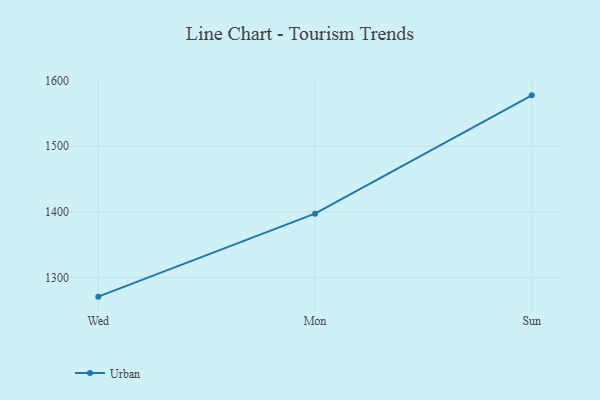
{"axis": {"x": "Day", "y": "Market Share (%)"}, "legend": ["Urban"], "data": [{"x": "Wed", "y": 1270.6, "type": "Urban"}, {"x": "Mon", "y": 1397.2, "type": "Urban"}, {"x": "Sun", "y": 1577.7, "type": "Urban"}]}